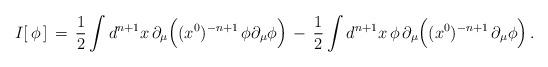
LaTeX: \begin{align*}I [\,\phi\,]\,=\,{1\over 2} \int d^{n+1}x \, \partial_\mu \Big( ( x^0 )^{-n+1}\,\phi \partial_\mu \phi \Big) \,-\, {1\over 2} \int d^{n+1}x \, \phi \, \partial_\mu \Big( ( x^0 )^{-n+1}\,\partial_\mu \phi \Big) \,.\end{align*}